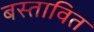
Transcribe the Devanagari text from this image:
बस्तावित